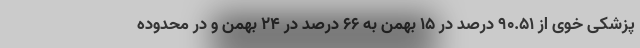
پزشکی خوی از ۹۰.۵۱ درصد در ۱۵ بهمن به ۶۶ درصد در ۲۴ بهمن و در محدوده